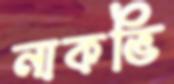
নাকভি